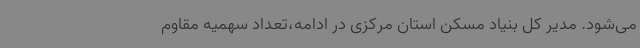
می‌شود. مدیر کل بنیاد مسکن استان مرکزی در ادامه،تعداد سهمیه مقاوم